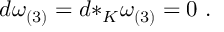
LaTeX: d \omega _ { ( 3 ) } = d { * _ { K } } \omega _ { ( 3 ) } = 0 \ .